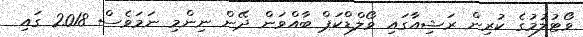
ވޯޓުލުމުގެ ކުރިން ރަޝިއާގައި ވޯލްޑްކަޕް ބާއްވަން ދޭން ނިންމި ނަމަވެސް 2018 ގައި